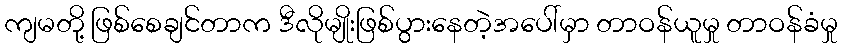
ကျမတို့ ဖြစ်စေချင်တာက ဒီလိုမျိုးဖြစ်ပွားနေတဲ့အပေါ်မှာ တာဝန်ယူမှု တာဝန်ခံမှု